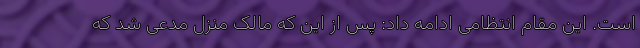
است. این مقام انتظامی ادامه داد: پس از این که مالک منزل مدعی شد که